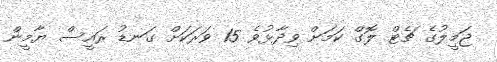
ޖަމީލުގެ ޗެޓް ލޮގް ކަމަށް ވިދާޅުވެ 15 ވަރަކަށް ގަނޑު ރައީސް ޔާމީން